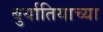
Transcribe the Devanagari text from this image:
बुर्यातियाच्या